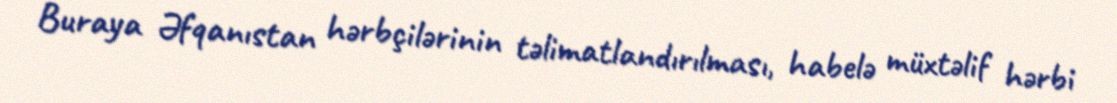
Buraya Əfqanıstan hərbçilərinin təlimatlandırılması, habelə müxtəlif hərbi